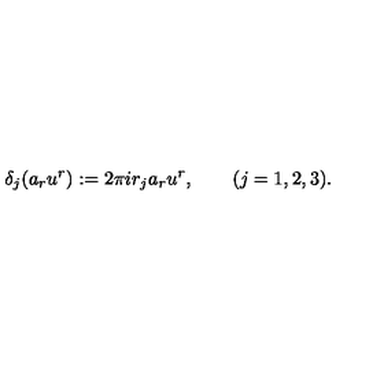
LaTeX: \delta _ { j } ( a _ { r } u ^ { r } ) : = 2 \pi i r _ { j } a _ { r } u ^ { r } , \qquad ( j = 1 , 2 , 3 ) .